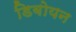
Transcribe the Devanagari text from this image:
डिबोयन